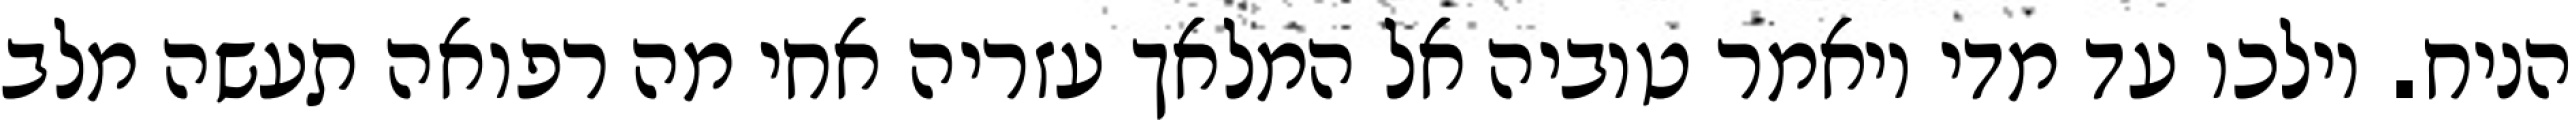
הניח. וילכו עד מדי ויאמר טוביה אל המלאך עזריה אחי מה רפואה תעשה מלב